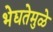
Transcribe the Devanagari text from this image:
भेद्यतेमुळे